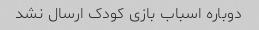
دوباره اسباب بازی کودک ارسال نشد